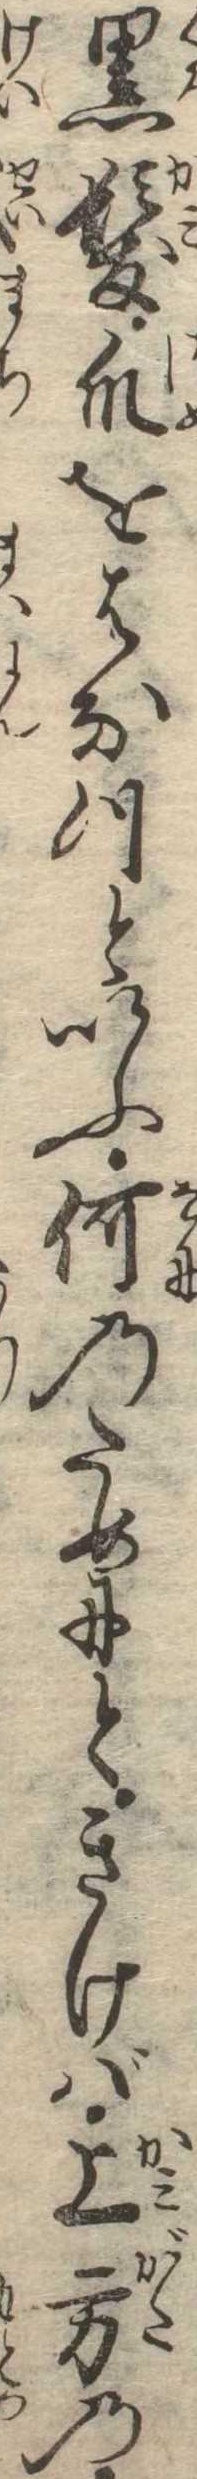
黒髪爪をはなつといふ何のためにときけば上方の